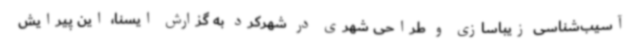
آسیب‌شناسی زیباسازی و طراحی شهری در شهرکرد به گزارش ایسنا، این پیرایش